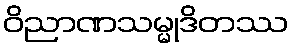
ဝိညာဏသမ္မုဒိတဿ